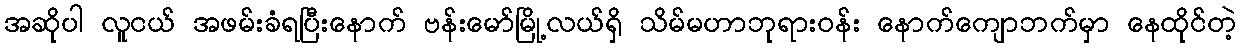
အဆိုပါ လူငယ် အဖမ်းခံရပြီးနောက် ဗန်းမော်မြို့လယ်ရှိ သိမ်မဟာဘုရားဝန်း နောက်ကျောဘက်မှာ နေထိုင်တဲ့